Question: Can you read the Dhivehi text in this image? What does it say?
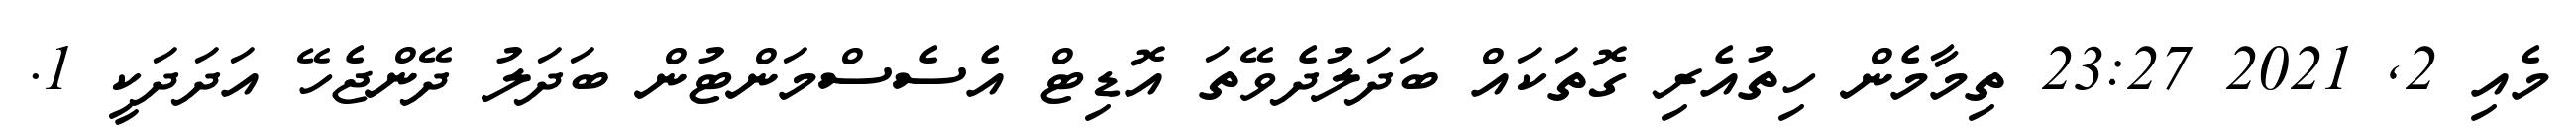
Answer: މެއި 2, 2021 23:27 ތިމާމެން ހިތުއެރި ގޮތަކައް ބަދަލުދެވޭތަ އޮޑިޓް އެސެސްމަންޓުން ބަދަލު ދޭންޖެހޭ އަދަދަކީ 1.